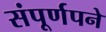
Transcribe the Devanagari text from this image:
संपूर्णपने